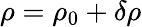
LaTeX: \rho=\rho_{0}+\delta\rho